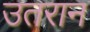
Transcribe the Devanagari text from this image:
उतरान